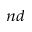
^ { n d }